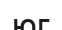
юг